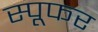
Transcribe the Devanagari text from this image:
स्पूफर